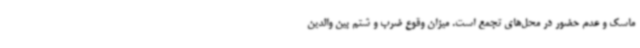
ماسک و عدم حضور در محل‌های تجمع است. میزان وقوع ضرب و شتم بین والدین